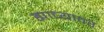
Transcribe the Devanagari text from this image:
ह्याच्यावर